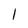
Character: 1